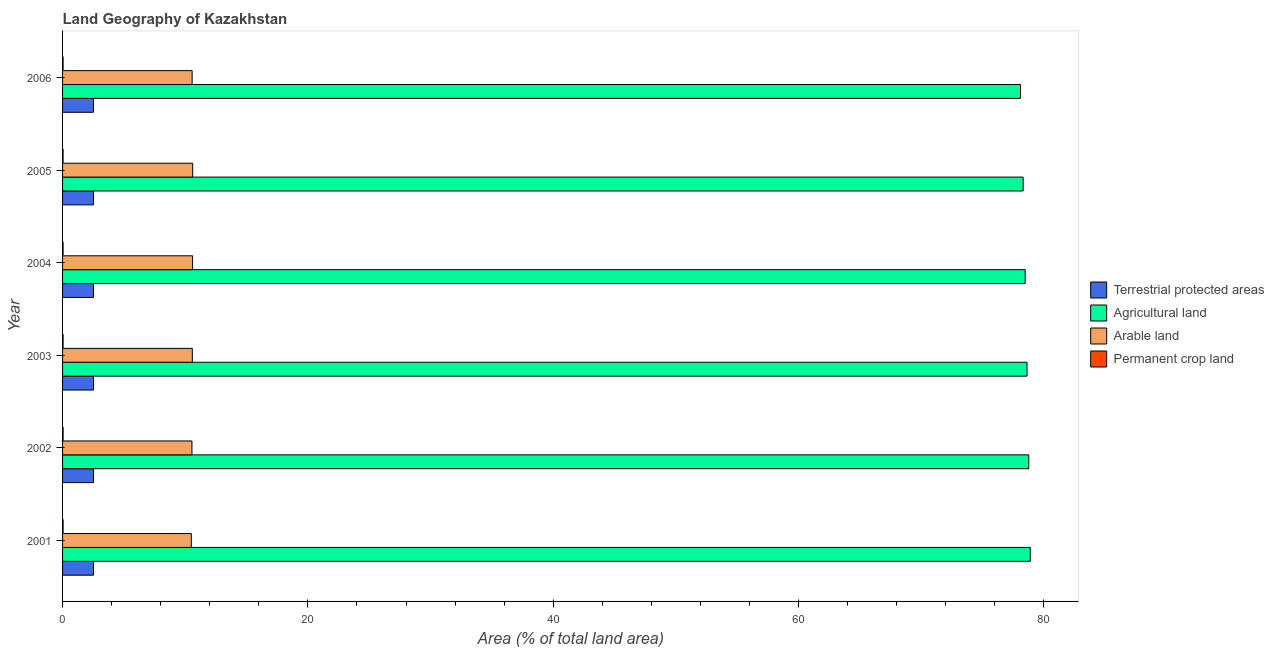
| Year | Terrestrial protected areas | Agricultural land | Arable land | Permanent crop land |
 | --- | --- | --- | --- | --- |
 | 2001 | 2.52 | 78.9 | 10.5 | 0.0451 |
 | 2002 | 2.52 | 78.8 | 10.5 | 0.0443 |
 | 2003 | 2.52 | 78.6 | 10.6 | 0.0429 |
 | 2004 | 2.52 | 78.5 | 10.6 | 0.0428 |
 | 2005 | 2.52 | 78.3 | 10.6 | 0.0424 |
 | 2006 | 2.52 | 78.1 | 10.6 | 0.0426 |